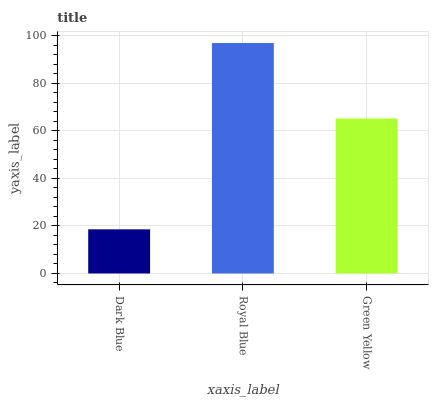
| xaxis_label | bars |
 | --- | --- |
 | Dark Blue | 18.6 |
 | Royal Blue | 96.9 |
 | Green Yellow | 65.2 |